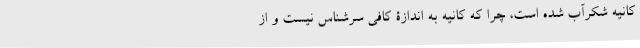
کانیه شکرآب شده است، چرا که کانیه به اندازۀ کافی سرشناس نیست و از